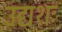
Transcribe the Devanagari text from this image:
उद्यशः